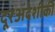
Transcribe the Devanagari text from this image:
दूरअंदेशीकी